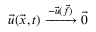
\Vec { u } ( \Vec { x } , t ) \xrightarrow { - \Vec { u } ( \Vec { f } ) } \Vec { 0 }